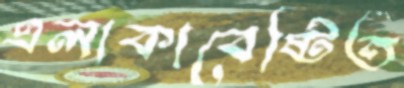
এলাকাবেষ্টিত